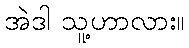
အဲဒါ သူ့ဟာလား။